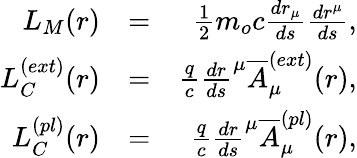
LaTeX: \begin{array}{rlr}{L_{M}(r)}&{=}&{\frac{1}{2}m_{o}c\frac{dr_{\mu}}{ds}\frac{dr^{\mu}}{ds},}\\ {L_{C}^{(ext)}(r)}&{=}&{\frac{q}{c}\frac{dr}{ds}^{\mu}\overline{{A}}_{\mu}^{(ext)}(r),}\\ {L_{C}^{(pl)}(r)}&{=}&{\frac{q}{c}\frac{dr}{ds}^{\mu}\overline{{A}}_{\mu}^{(pl)}(r),}\end{array}